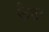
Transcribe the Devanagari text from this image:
कैटर